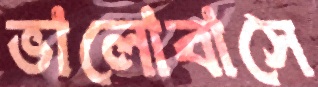
ভালোবাসে